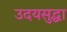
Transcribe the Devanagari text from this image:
उदयसुद्धा